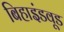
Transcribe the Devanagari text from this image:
बिहाइंडवूड